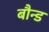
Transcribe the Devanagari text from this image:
बौन्ड